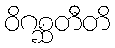
ဝိဂစ္ဆတီတိ